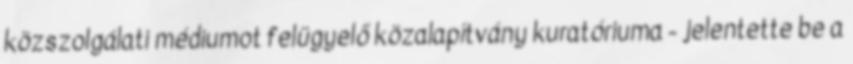
közszolgálati médiumot felügyelő közalapítvány kuratóriuma - jelentette be a